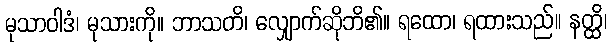
မုသာဝါဒံ၊ မုသားကို။ ဘာသတိ၊ လျှောက်ဆိုဘိ၏။ ရထော၊ ရထားသည်။ နတ္ထိ၊